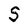
Character: S